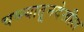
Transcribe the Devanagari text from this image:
चष्म्यातूनदेखील